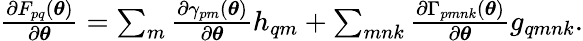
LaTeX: \begin{array}{r}{\frac{\partial F_{pq}({\boldsymbol{\theta}})}{\partial{\boldsymbol{\theta}}}=\sum_{m}\frac{\partial\gamma_{pm}({\boldsymbol{\theta}})}{\partial{\boldsymbol{\theta}}}h_{qm}+\sum_{mnk}\frac{\partial\Gamma_{pmnk}({\boldsymbol{\theta}})}{\partial{\boldsymbol{\theta}}}g_{qmnk}.}\end{array}